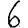
Digit: 6